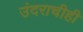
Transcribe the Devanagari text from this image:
उंदराचीही